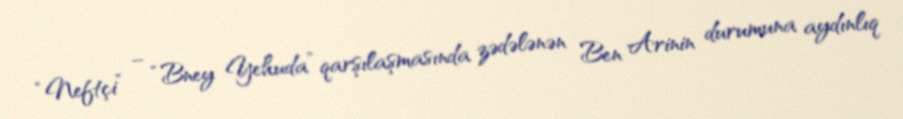
“Neftçi” – “Bney Yehuda” qarşılaşmasında zədələnən Ben Arinin durumuna aydınlıq